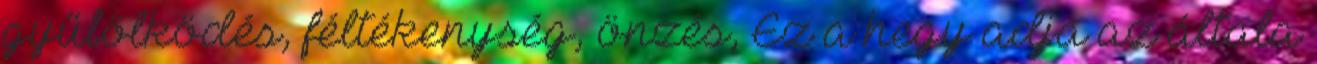
gyűlölködés, féltékenység, önzés, Ez a hegy adja az általa